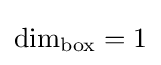
{\textstyle \dim _{\text{box}}=1}